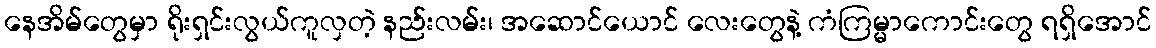
နေအိမ်တွေမှာ ရိုးရှင်းလွယ်ကူလှတဲ့ နည်းလမ်း၊ အဆောင်ယောင် လေးတွေနဲ့ ကံကြမ္မာကောင်းတွေ ရရှိအောင်